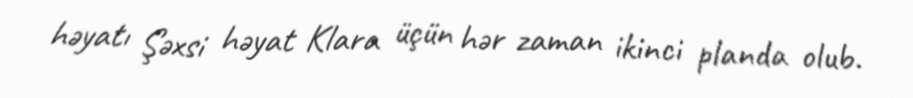
həyatı Şəxsi həyat Klara üçün hər zaman ikinci planda olub.